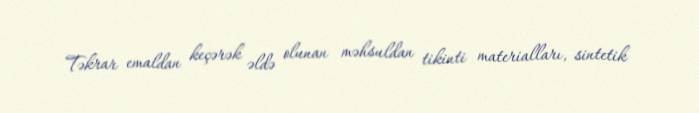
Təkrar emaldan keçərək əldə olunan məhsuldan tikinti materialları, sintetik